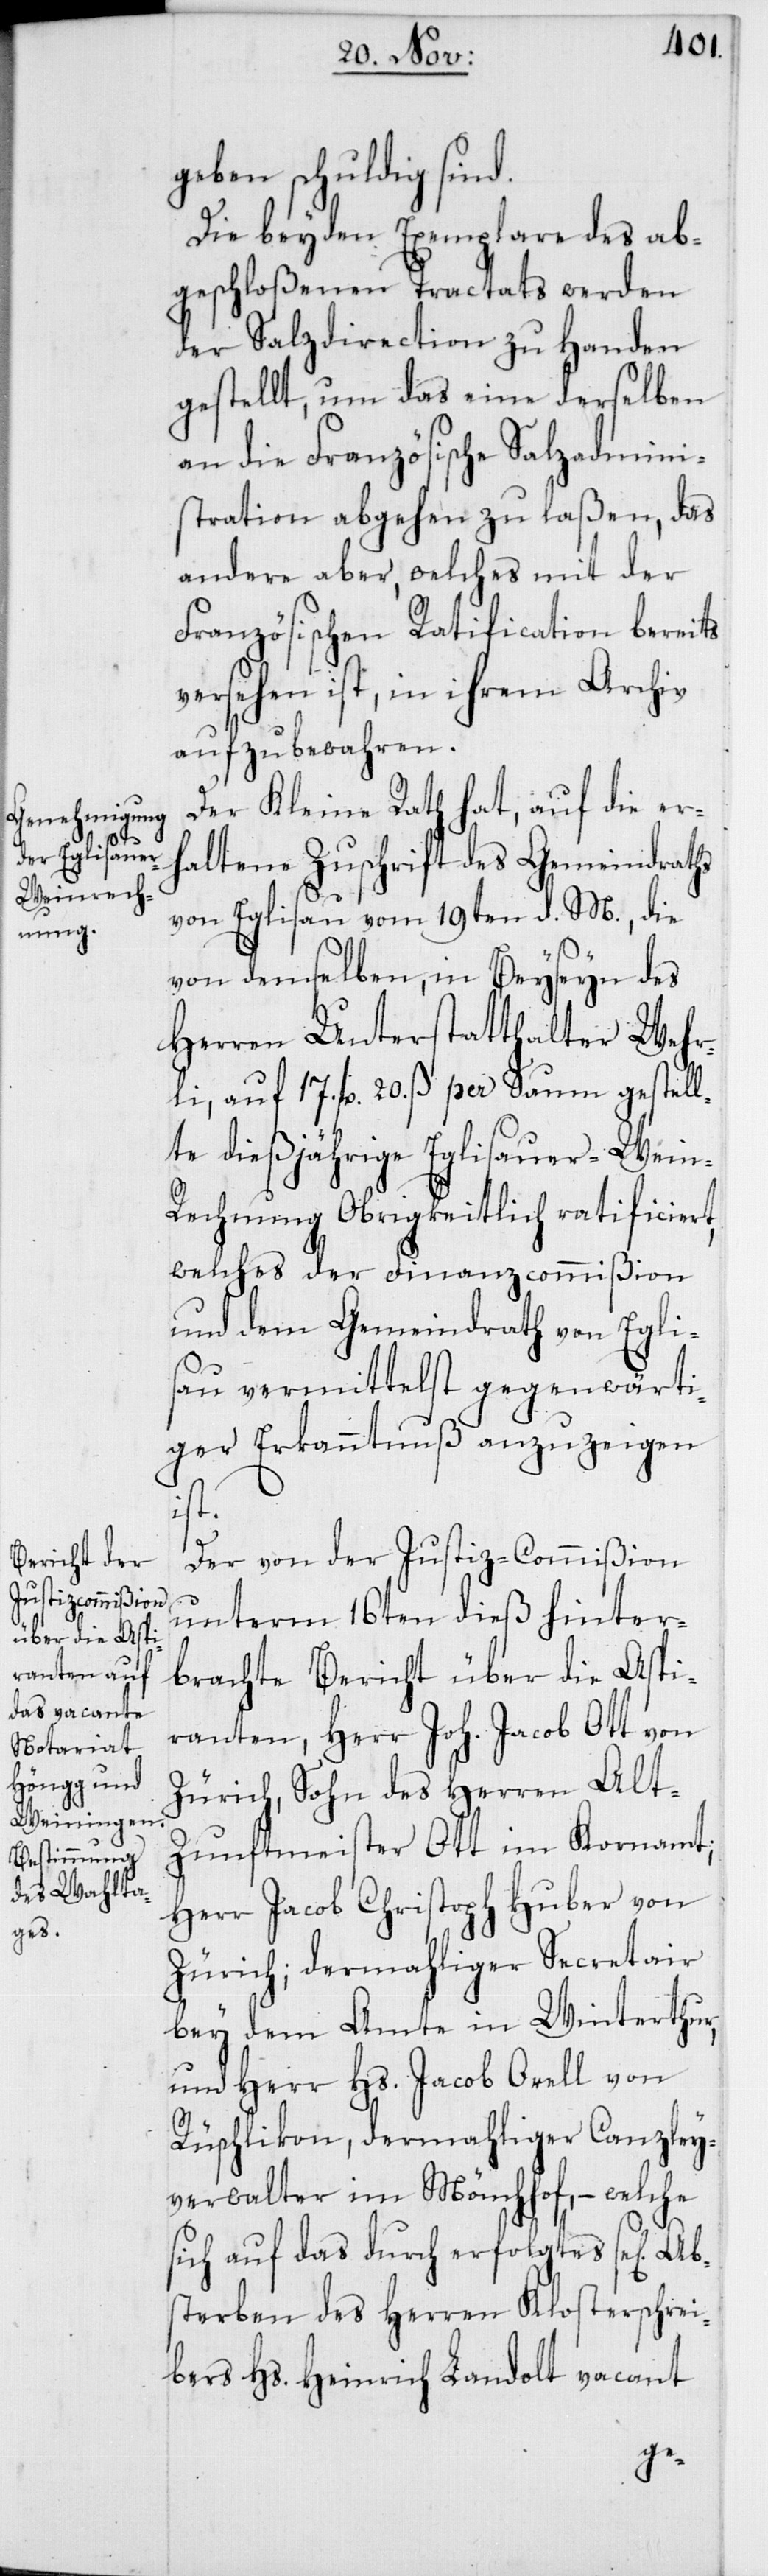
ges]

geben schuldig sind.
Die beyden Exemplare des ab¬
geschloßenen Tractats werden
der Salzdirection zu Handen
gestellt, um das eine derselben
an die Französische Salzadmini¬
stration abgehen zu laßen, das
andere aber, welches mit der
Französischen Ratification bereits
versehen ist, in ihrem Archiv
aufzubewahren.
Der Kleine Rath hat, auf die er¬
haltene Zuschrift des Gemeindraths
von Eglisau vom 19ten d. M., die
von demselben, in Beyseyn des
Herren Unterstatthalter Wehr¬
li, auf 17. fl. 20. ß per Saum gestell¬
te dießjährige Eglisauer-Wein¬
rechnung Obrigkeitlich ratificiert,
welches der Finanzcommißion
und dem Gemeindrath von Egli¬
sau vermittelst gegenwärti¬
ger Erkanntnuß anzuzeigen
Ab¬
Der von der Justiz-Commißion
unterm 16ten dieß hinter¬
brachte Bericht über die Aspi¬
ranten, Herr Joh. Jacob Ott von
Zürich, Sohn des Herren Al¬
t-Zunftmeister Ott im Kornamt;
Herr Jacob Christoph Huber von
Zürich; dermahliger Secretair
bey dem Amte in Winterthur,
und Herr Hs. Jacob Orell von
Rüschlikon, dermahliger Canzley¬
verwalter im Mönchhof, – welche
sich auf das durch erfolgtes se[li¬
sterben des Herren Klosterschrei¬
bers Hs. Heinrich Landolt vacant